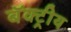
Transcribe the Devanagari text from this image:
बॅक्ट्रीय